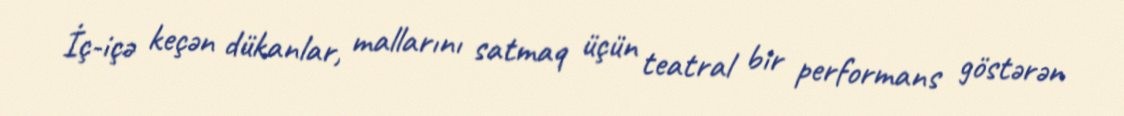
İç-içə keçən dükanlar, mallarını satmaq üçün teatral bir performans göstərən